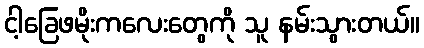
ငါ့ခြေဖမိုးကလေးတွေကို သူ နမ်းသွားတယ်။